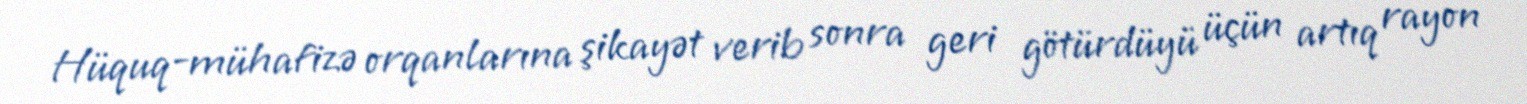
Hüquq-mühafizə orqanlarına şikayət verib sonra geri götürdüyü üçün artıq rayon